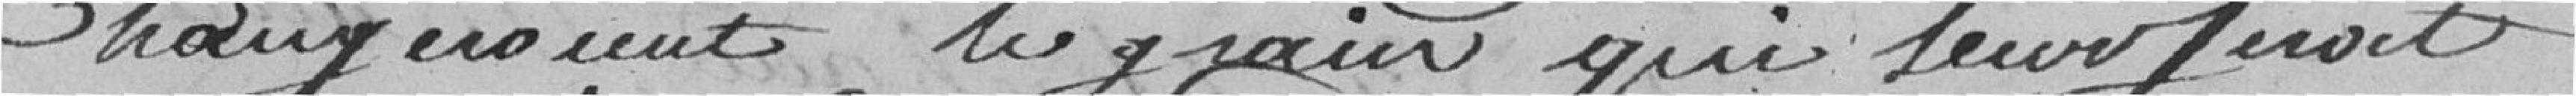
mangeraient le grain qui leurs serait